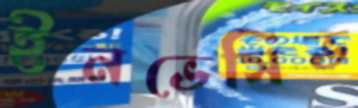
ইনভেসিভ